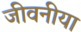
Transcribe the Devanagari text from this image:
जीवनीया